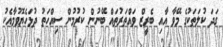
ގަދަ ކުލަތަކުގެ މޭވާ އާއި ބެރީޒް ވައްތަރުތައް ބޭނުން ކުރުމުން ސިއްހަތު ދުޅަހެޔޮވުމާއެކު